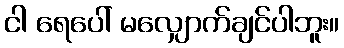
ငါ ရေပေါ် မလျှောက်ချင်ပါဘူး။